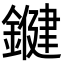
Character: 𨫡